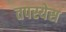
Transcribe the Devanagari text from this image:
तपस्येस